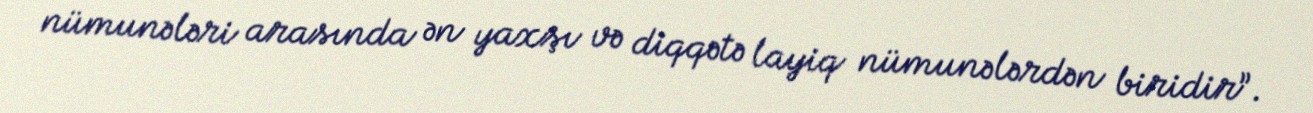
nümunələri arasında ən yaxşı və diqqətə layiq nümunələrdən biridir”.